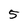
Character: 5